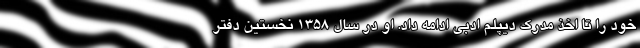
خود را تا اخذ مدرک دیپلم ادبی ادامه داد. او در سال ۱۳۵۸ نخستین دفتر